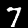
Digit: 7